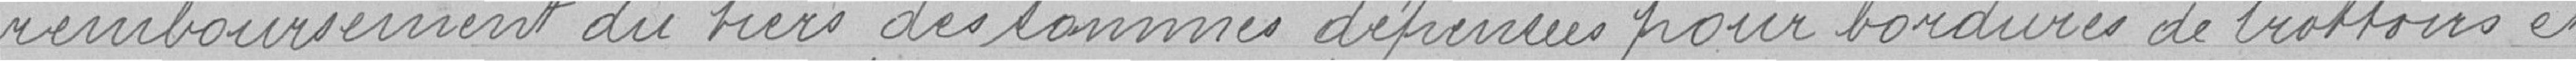
remboursement du tiers des sommes dépensées pour bordures de trottoirs et